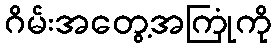
ဂိမ်းအတွေ့အကြုံကို